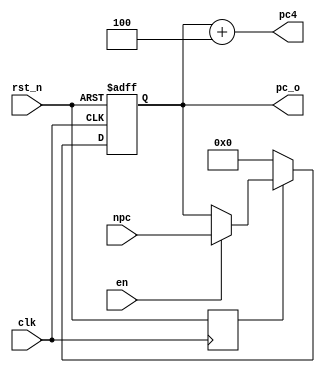

module PC(
    input  clk,
    input  rst_n,
    input en,
    input  [31:0] npc,
    output reg[31:0] pc_o,
    output [31:0] pc4
    
    );
    
    reg rst_n_delay;
    always@(posedge clk)
    begin
        rst_n_delay<=rst_n;
    end
    assign pc4=pc_o+32'd4;
    always@(posedge clk or negedge rst_n)
    begin
          if(!rst_n) pc_o<=32'b0;
          else if(!rst_n_delay) pc_o<=32'b0;
          else if(en)  pc_o<=npc;
          else pc_o<=pc_o;   
    end
endmodule